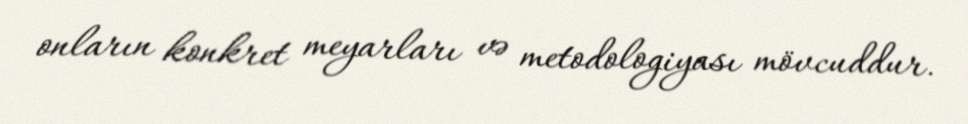
onların konkret meyarları və metodologiyası mövcuddur.